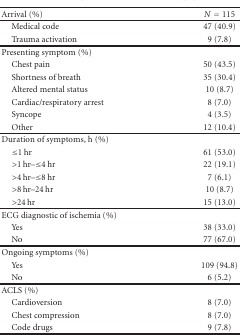
<table><thead><tr><td><b>Arrival (%)</b></td><td><b><i>N</i> = 115</b></td></tr></thead><tbody><tr><td> Medical code</td><td>47 (40.9)</td></tr><tr><td> Trauma activation</td><td>9 (7.8)</td></tr><tr><td>Presenting symptom (%)</td><td></td></tr><tr><td> Chest pain</td><td>50 (43.5)</td></tr><tr><td> Shortness of breath</td><td>35 (30.4)</td></tr><tr><td> Altered mental status</td><td>10 (8.7)</td></tr><tr><td> Cardiac/respiratory arrest</td><td>8 (7.0)</td></tr><tr><td> Syncope</td><td>4 (3.5)</td></tr><tr><td> Other</td><td>12 (10.4)</td></tr><tr><td>Duration of symptoms, h (%)</td><td></td></tr><tr><td> ≤1 hr</td><td>61 (53.0)</td></tr><tr><td> &gt;1 hr–≤4 hr</td><td>22 (19.1)</td></tr><tr><td> &gt;4 hr–≤8 hr</td><td>7 (6.1)</td></tr><tr><td> &gt;8 hr–24 hr</td><td>10 (8.7)</td></tr><tr><td> &gt;24 hr</td><td>15 (13.0)</td></tr><tr><td>ECG diagnostic of ischemia (%)</td><td></td></tr><tr><td> Yes</td><td>38 (33.0)</td></tr><tr><td> No</td><td>77 (67.0)</td></tr><tr><td>Ongoing symptoms (%)</td><td></td></tr><tr><td> Yes</td><td>109 (94.8)</td></tr><tr><td> No</td><td>6 (5.2)</td></tr><tr><td>ACLS (%)</td><td></td></tr><tr><td> Cardioversion</td><td>8 (7.0)</td></tr><tr><td> Chest compression</td><td>8 (7.0)</td></tr><tr><td> Code drugs</td><td>9 (7.8)</td></tr></tbody></table>